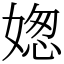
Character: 𡟟